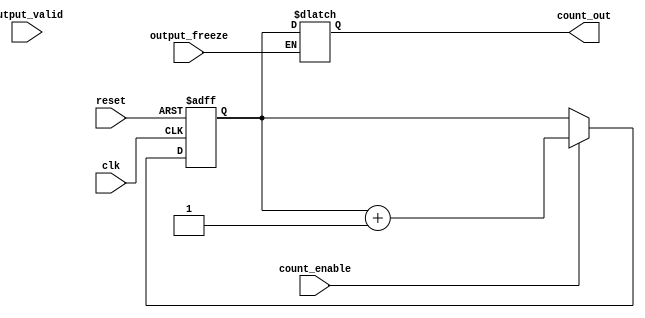
module synchronous_counter #(
    parameter N = 4  // Parameter to define the bit width of the counter
)(
    input wire clk,                // Clock input
    input wire reset,              // Asynchronous reset input
    input wire count_enable,       // Count enable signal
    input wire output_valid,       // Output valid signal
    input wire output_freeze,      // Output freeze signal
    output reg [N-1:0] count_out   // Output count value
);

    // Internal register to hold the current count value
    reg [N-1:0] count_reg;

    // Asynchronous reset and synchronous counting
    always @(posedge clk or posedge reset) begin
        if (reset) begin
            count_reg <= 0;  // Reset the counter to zero
        end else if (count_enable) begin
            count_reg <= count_reg + 1;  // Increment the counter
        end
    end

    // Output control logic
    always @(*) begin
        if (output_freeze) begin
            count_out = count_out;  // Hold the current output value
        end else if (output_valid) begin
            count_out = count_reg;   // Update output with current count
        end else begin
            count_out = {N{1'bz}};    // High impedance state if output is not valid
        end
    end

endmodule